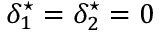
\delta _ { 1 } ^ { \star } = \delta _ { 2 } ^ { \star } = 0